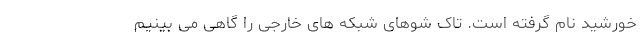
خورشید نام گرفته است. تاک‌ شوهای شبکه‌ های خارجی را گاهی می‌ بینیم